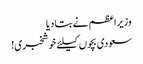
وزیراعظم نے بتا دیا
سعودی بچوں کیلئے خوشخبری!